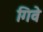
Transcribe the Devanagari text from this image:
गिवे